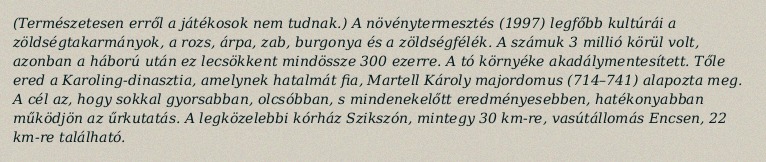
(Természetesen erről a játékosok nem tudnak.) A növénytermesztés (1997) legfőbb kultúrái a zöldségtakarmányok, a rozs, árpa, zab, burgonya és a zöldségfélék. A számuk 3 millió körül volt, azonban a háború után ez lecsökkent mindössze 300 ezerre. A tó környéke akadálymentesített. Tőle ered a Karoling-dinasztia, amelynek hatalmát fia, Martell Károly majordomus (714–741) alapozta meg. A cél az, hogy sokkal gyorsabban, olcsóbban, s mindenekelőtt eredményesebben, hatékonyabban működjön az űrkutatás. A legközelebbi kórház Szikszón, mintegy 30 km-re, vasútállomás Encsen, 22 km-re található.